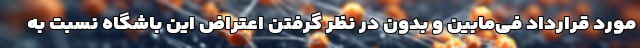
مورد قرارداد فی‌مابین و بدون در نظر گرفتن اعتراض این باشگاه نسبت به